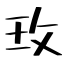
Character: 玫